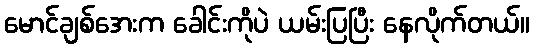
မောင်ချစ်အေးက ခေါင်းကိုပဲ ယမ်းပြပြီး နေလိုက်တယ်။